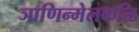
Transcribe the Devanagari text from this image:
ञाणिन्मेलकळि